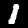
Digit: 1